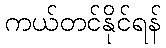
ကယ်တင်နိုင်ရန်